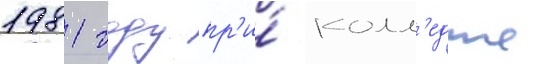
1981 году пр'и́ колл'едже